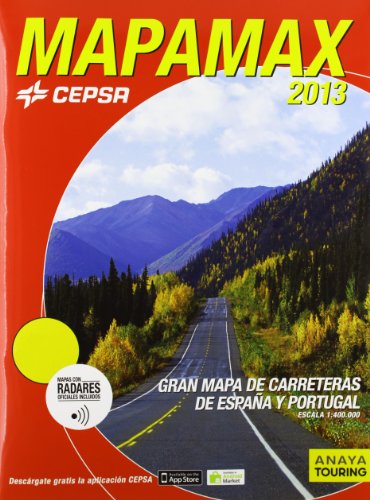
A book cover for Mapamax 2013: Carreteras de EspaÃ±a y Portugal escala 1:400.000 / Roads of Spain and Portugal 1:400,000 Scale (Spanish Edition); Travel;